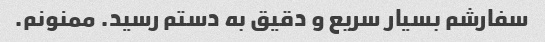
سفارشم بسیار سریع و دقیق به دستم رسید. ممنونم.